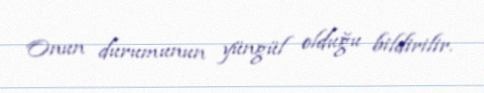
Onun durumunun yüngül olduğu bildirilir.